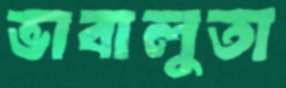
ভাবালুতা